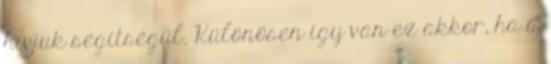
hívjuk segítségül. Különösen így van ez akkor, ha a